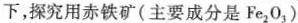
下，探究用赤铁矿(主要成分是Fe_{2}O_{3})